Civil Veterinary Department Bengal reports 1923-33 - 1923-1933
Year: 1923
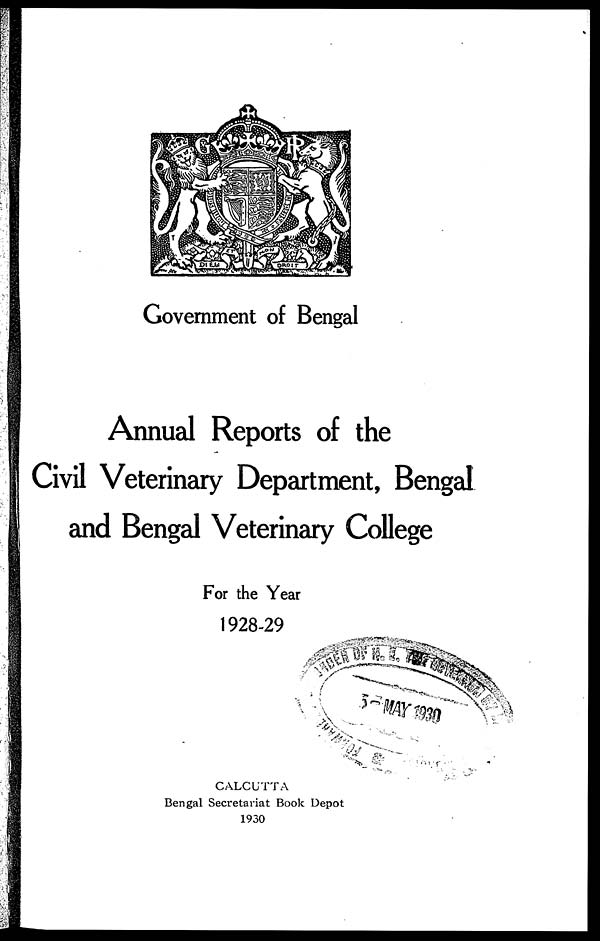
Government of Bengal
Annual Reports of the
Civil Veterinary Department, Bengal
and Bengal Veterinary College
For the Year
1928-29
CALCUTTA
Bengal Secretariat Book Depot
1930